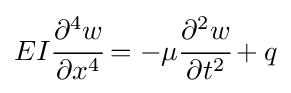
EI{\cfrac {\partial ^{4}w}{\partial x^{4}}}=-\mu {\cfrac {\partial ^{2}w}{\partial t^{2}}}+q